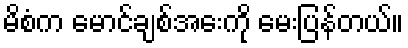
မိစံက မောင်ချစ်အေးကို မေးပြန်တယ်။